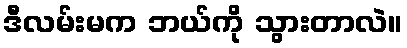
ဒီလမ်းမက ဘယ်ကို သွားတာလဲ။